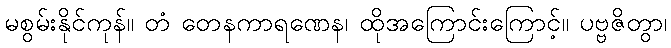
မစွမ်းနိုင်ကုန်။ တံ တေနကာရဏေန၊ ထိုအကြောင်းကြောင့်။ ပဗ္ဗဇိတွာ၊